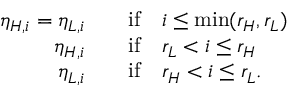
\begin{array} { r l } { \eta _ { H , i } = \eta _ { L , i } \quad } & { { } \mathrm { i f } \quad i \leq \mathrm { m i n } ( r _ { H } , r _ { L } ) } \\ { \eta _ { H , i } \quad } & { { } \mathrm { i f } \quad r _ { L } < i \leq r _ { H } } \\ { \eta _ { L , i } \quad } & { { } \mathrm { i f } \quad r _ { H } < i \leq r _ { L } . } \end{array}